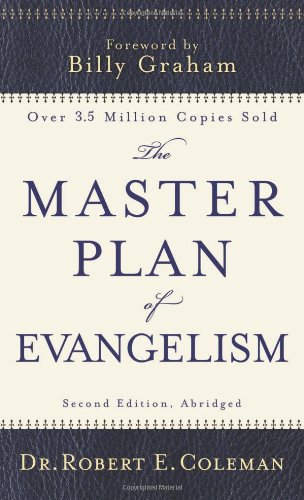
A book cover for The Master Plan of Evangelism; Robert E. Coleman; Christian Books & Bibles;